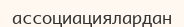
ассоциациялардан